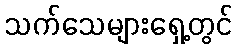
သက်သေများရှေ့တွင်